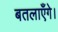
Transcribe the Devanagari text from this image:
बतलाएँगे।